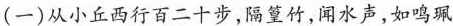
（一）从小丘西行百二十步，隔篁竹，闻水声，如鸣珮